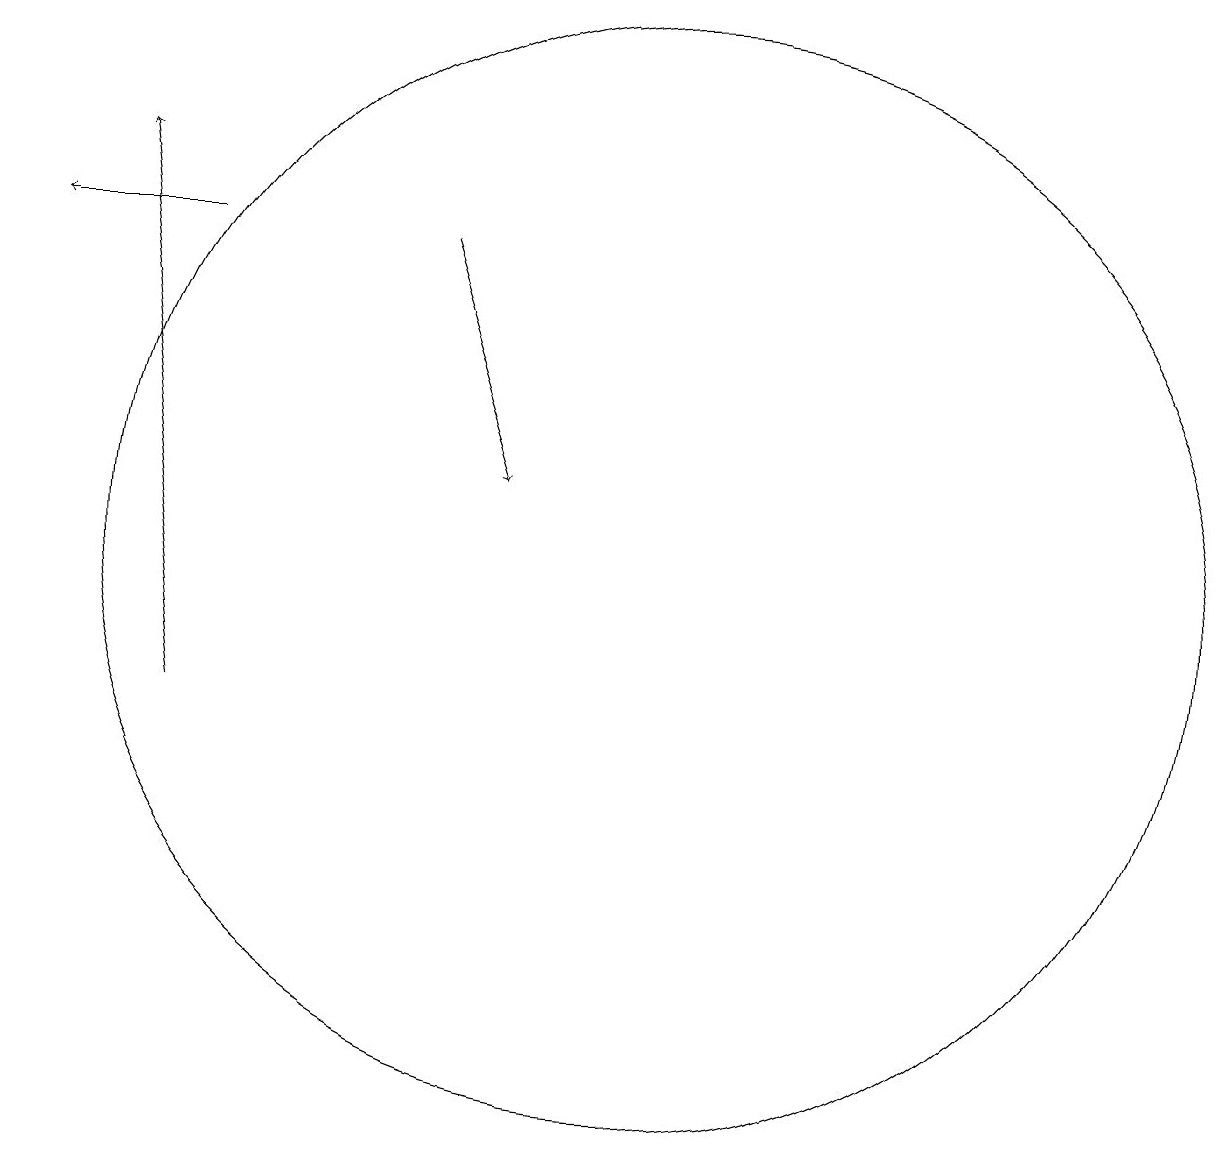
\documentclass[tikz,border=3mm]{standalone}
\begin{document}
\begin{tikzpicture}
\draw[->] (4,16) -- (2,16);
\draw[->] (7,16) -- (8,13);
\draw[->] (4,10) -- (3,17);
\draw (10,12) circle (7);
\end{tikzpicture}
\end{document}